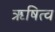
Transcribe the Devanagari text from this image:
ऋषित्व